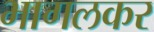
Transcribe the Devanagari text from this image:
भागलकर